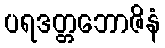
ပရဒတ္တဘောဇိနံ